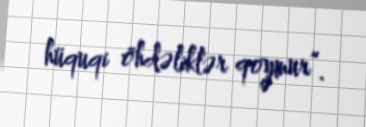
hüquqi öhdəliklər qoymur”.